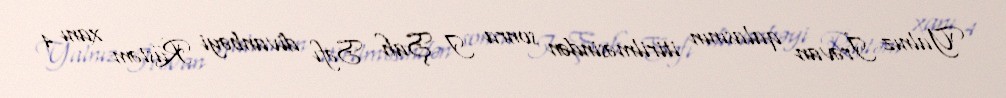
Yalnız İrəvan qalasının itirilməsindən sonra I Şah Səfı divanbəyi Rüstəm xanı 4